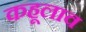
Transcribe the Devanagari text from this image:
कहूलाव